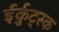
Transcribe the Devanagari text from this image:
ईर्कुट्स्क